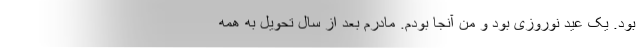
بود. یک عید نوروزی بود و من آنجا بودم. مادرم بعد از سال تحویل به همه